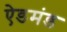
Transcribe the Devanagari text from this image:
ऐडमंड